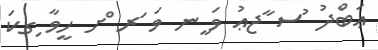
ޢަބްދު ުސ ާޖޢު ވަ ީނ ވަ ަރ ްށ ހީވާ ިގކަ